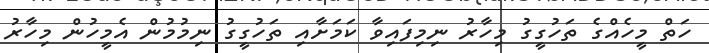
ހަތް މީހެއްގެ ތަހުގީގު މިހާރު ނިމިފައިވާ ކަމަށާއި ތަހުގީގު ނިމުމުން އެމީހުން މިހާރު